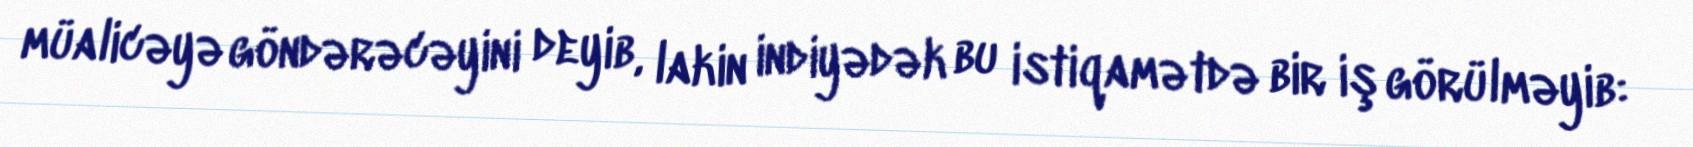
müalicəyə göndərəcəyini deyib, lakin indiyədək bu istiqamətdə bir iş görülməyib: